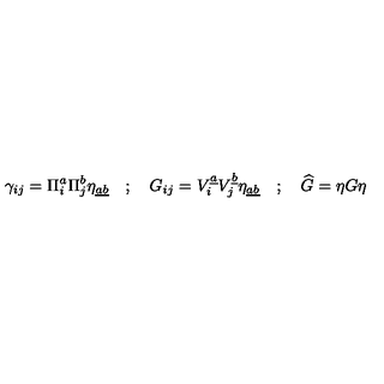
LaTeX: \gamma _ { i j } = \Pi _ { i } ^ { a } \Pi _ { j } ^ { b } \eta _ { \underline { { a b } } } \quad ; \quad G _ { i j } = V _ { i } ^ { \underline { { a } } } V _ { j } ^ { \underline { { b } } } \eta _ { \underline { { a b } } } \quad ; \quad \widehat { G } = \eta G \eta